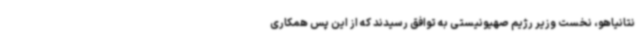
نتانیاهو، نخست وزیر رژیم صهیونیستی به توافق رسیدند که از این پس همکاری